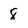
Character: 8